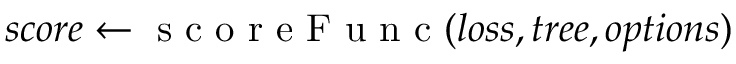
s c o r e \gets \mathrm { ~ s ~ c ~ o ~ r ~ e ~ F ~ u ~ n ~ c ~ } ( l o s s , t r e e , o p t i o n s )